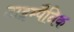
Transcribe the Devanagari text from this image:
टाइम्पैनिक